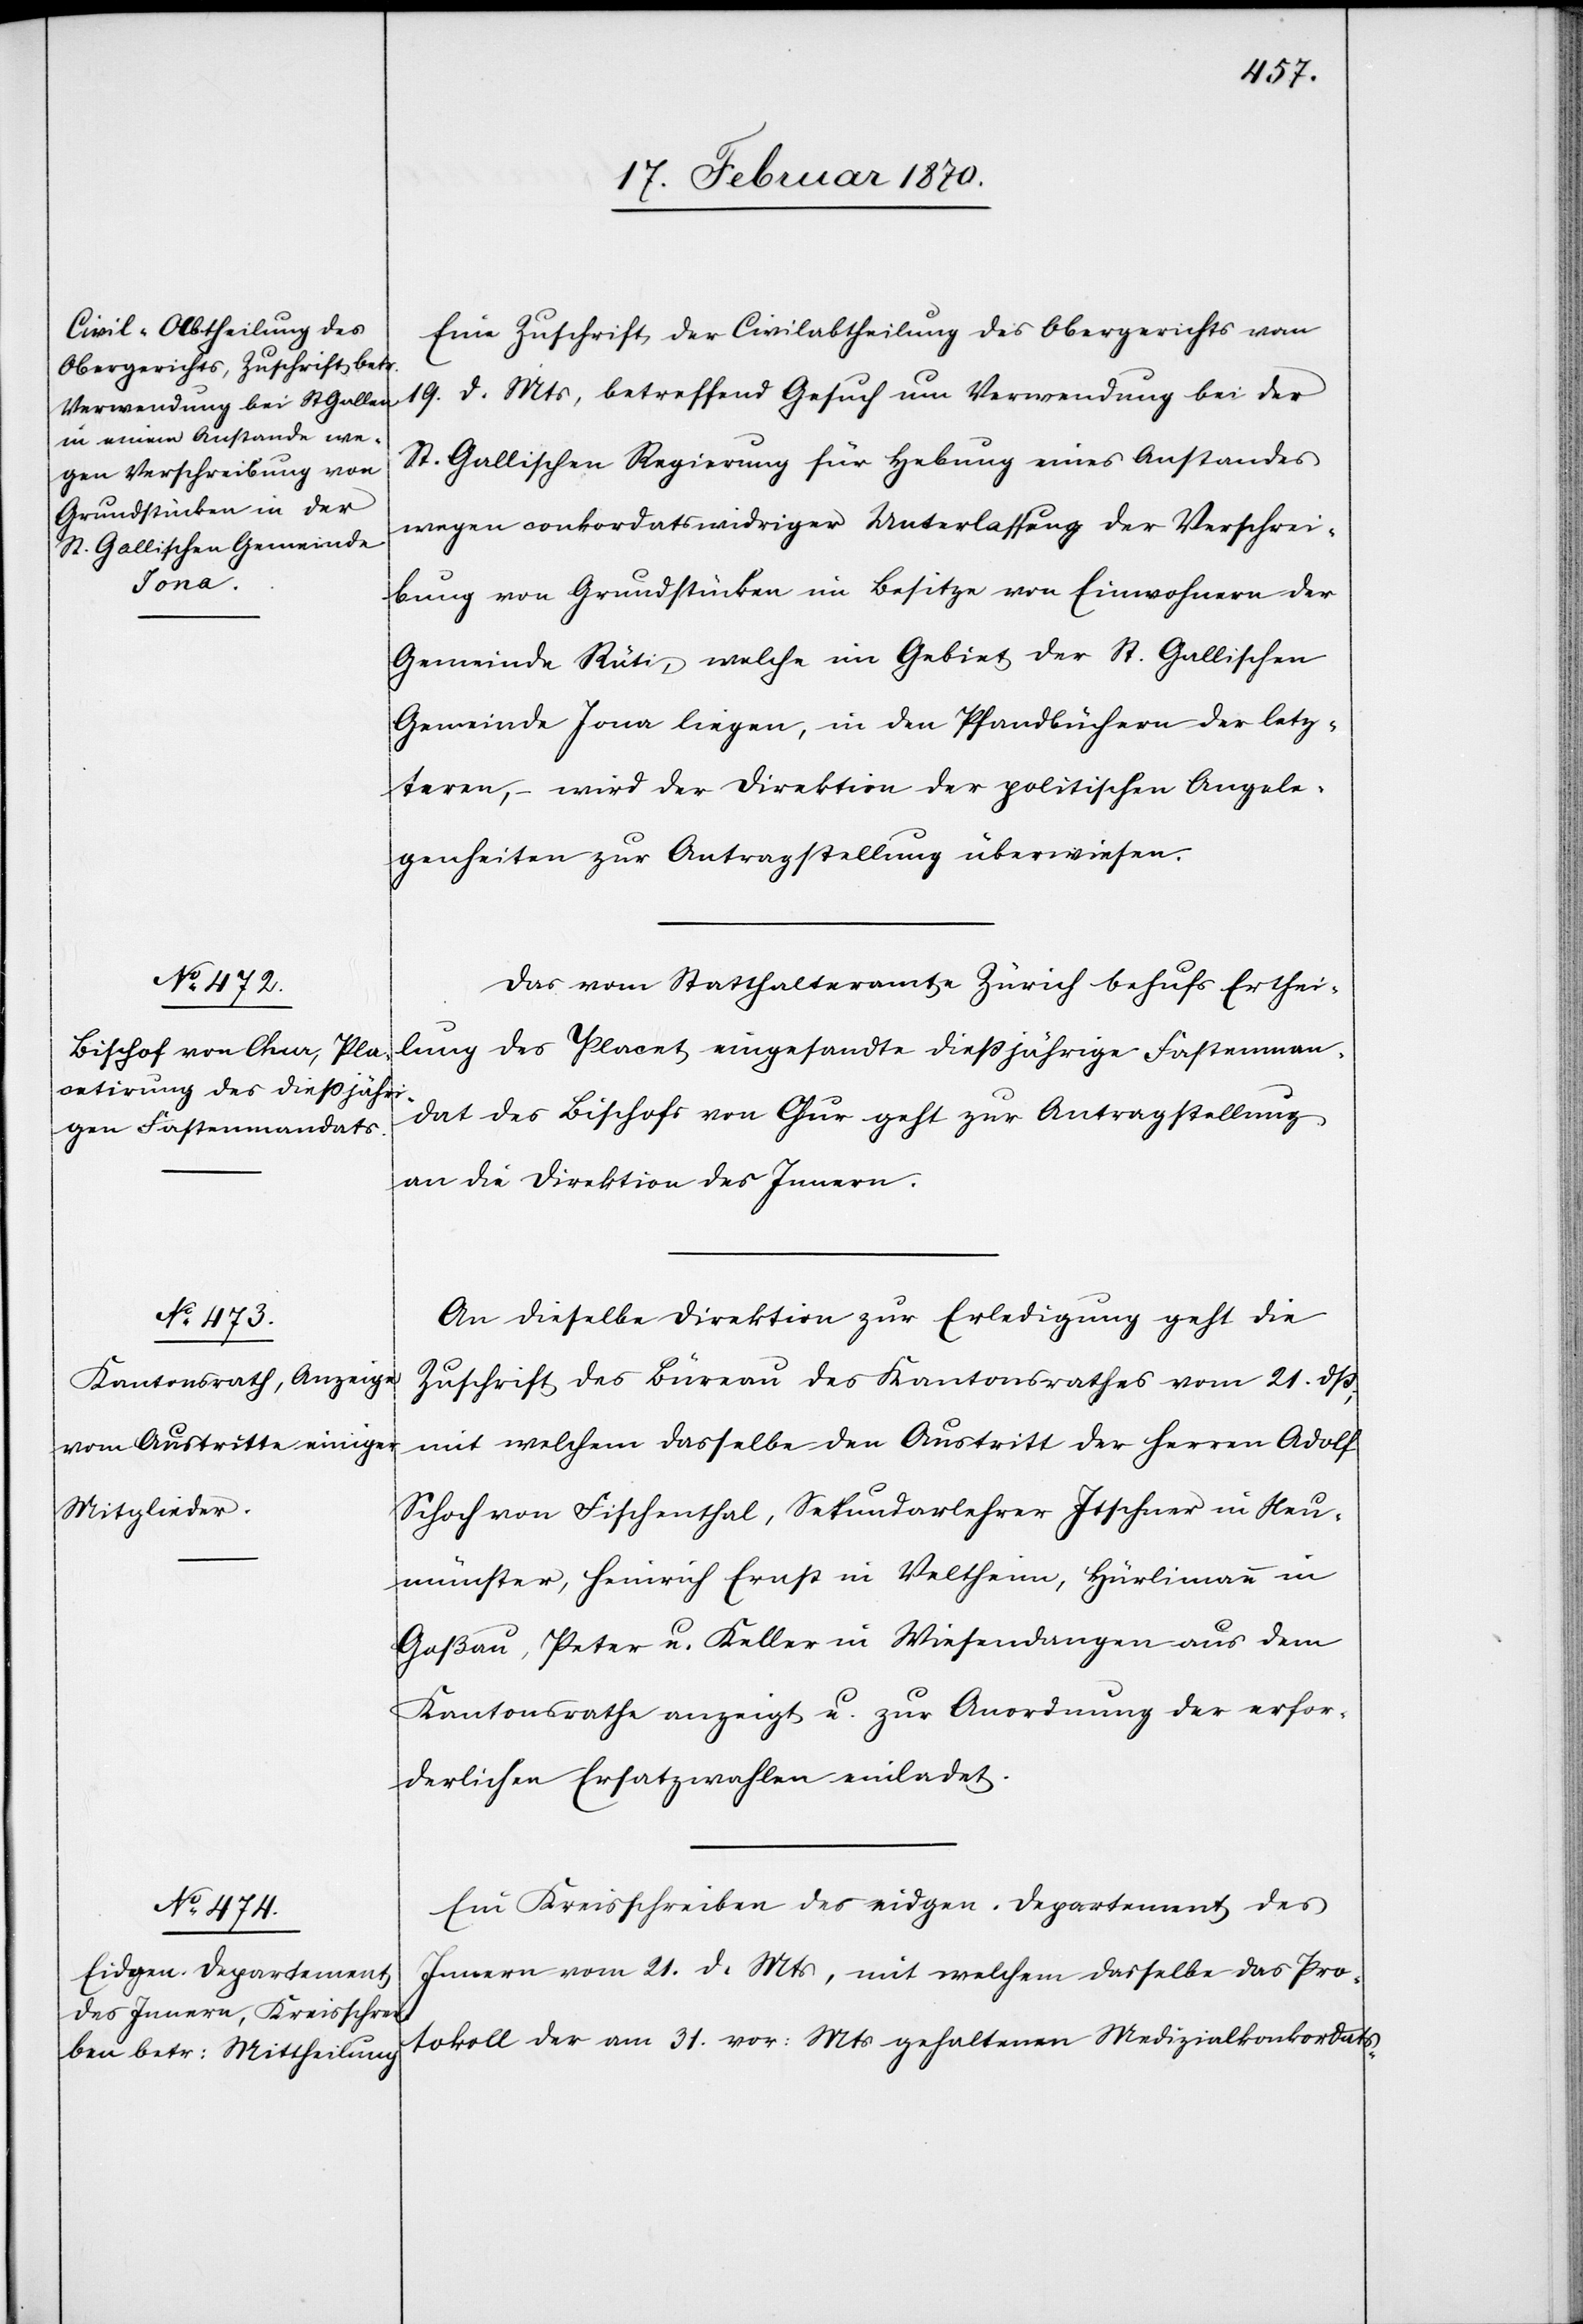
23. Februar 1870.]
Eine Zuschrift der Civilabtheilung des Obergerichts vom
19. d. Mts betreffend Gesuch um Verwendung bei der
St. Gallischen Regierung für Hebung eines Anstandes
wegen conkordatswidriger Unterlassung der Verschrei¬
bung von Grundstücken im Besitze von Einwohnern der
Gemeinde Rüti, welche im Gebiet der St. Gallischen
Gemeinde Jona liegen, in den Pfandbüchern der letz¬
teren, – wird der Direktion der politischen Angele¬
genheiten zur Antragstellung überwiesen.
Das vom Statthalteramte Zürich behufs Erthei¬
lung des Placet eingesandte dießjährige Fastenman¬
dat des Bischofs von Chur geht zur Antragstellung
an die Direktion des Innern.
An dieselbe Direktion zur Erledigung geht die
Zuschrift des Büreau des Kantonsrathes vom 21. dß,
mit welchem dasselbe den Austritt der Herren Adolf
Schoch von Fischenthal, Sekundarlehrer Itschner in Neu¬
münster, Heinrich Ernst in Veltheim, Hürlimann in
Goßau, Peter u. Keller in Wiesendangen aus dem
Kantonsrathe anzeigt u. zur Anordnung der erfor¬
derlichen Ersatzwahlen einladet.
Ein Kreisschreiben des eidgen. Departements des
Innern vom 21. d. Mts, mit welchem dasselbe das Pro¬
tokoll der am 31. vor: Mts gehaltenen Medizinalkonkordats-